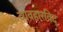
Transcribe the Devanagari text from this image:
व्यवहारविद्